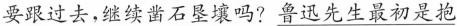
要跟过去,继续凿石垦壤吗?鲁迅先生最初是抱